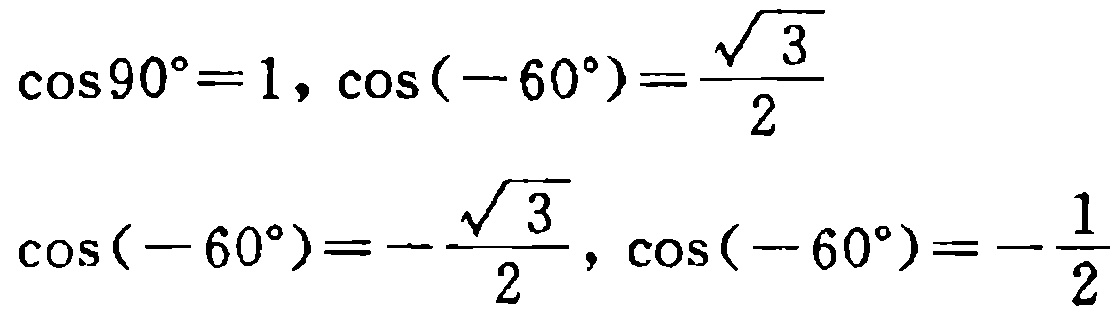
\(\cos90^{\circ}=1,\cos(-60^{\circ})=\frac{\sqrt{3}}{2}\)
\(\cos(-60^{\circ})=-\frac{\sqrt{3}}{2},\cos(-60^{\circ})=-\frac{1}{2}\)